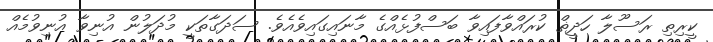
ކީރިތި ރަސޫލާ ހަދީޡް ކުރައްވާފައިވާ ބަސްފުޅެއްގެ މާނައިގައިވެއެވެ. ސަދަގާތަކީ މުދަލުން އުނިވާ އުނިވުމެއް